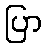
ပြာ